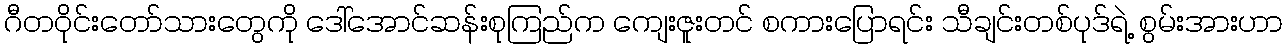
ဂီတဝိုင်းတော်သားတွေကို ဒေါ်အောင်ဆန်းစုကြည်က ကျေးဇူးတင် စကားပြောရင်း သီချင်းတစ်ပုဒ်ရဲ့ စွမ်းအားဟာ